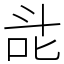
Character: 㖍